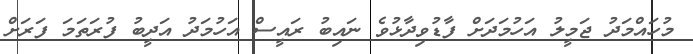
މުހައްމަދު ޖަމީލު އަހުމަދަށް ފާޑުވިދާޅުވެ ނައިބު ރައީސް އަހުމަދު އަދީބު ފުރަތަމަ ފަރަށް